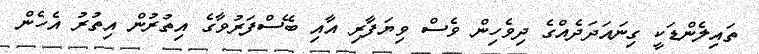
ތައިލެންޑަކީ ގިނައަދަދެއްގެ ދިވެހިން ވެސް ވިޔަފާރި އާއި ބޭސްފަރުވާގެ އިތުރުން އިތުރު އެހެން